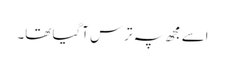
اسے مجھ پہ ترس آگیا تھا۔